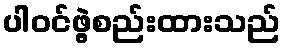
ပါဝင်ဖွဲ့စည်းထားသည်